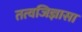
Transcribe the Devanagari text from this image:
तत्वजिज्ञासा